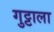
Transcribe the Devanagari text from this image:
गुट्टाला